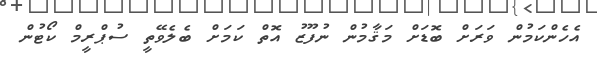
އެހެންކަމުން ވަރަށް ބޮޑަށް މަޤާމުން ނުފޫޒު އޮތް ކަމަށް ބެލެވޭތީ ސުޕްރީމް ކޯޓުން